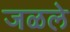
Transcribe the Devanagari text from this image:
जळले